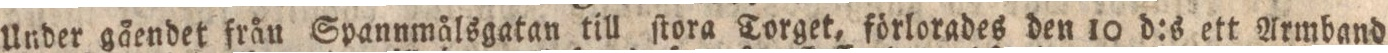
Under gåendet från Spannmålsgatan till ſtora Torget, förlorades den 10 d:s ett Armband